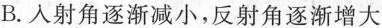
B.入射角逐渐减小，反射角逐渐增大